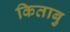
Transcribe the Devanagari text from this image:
किताबु